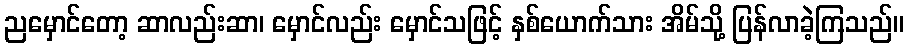
ညမှောင်တော့ ဆာလည်းဆာ၊ မှောင်လည်း မှောင်သဖြင့် နှစ်ယောက်သား အိမ်သို့ ပြန်လာခဲ့ကြသည်။